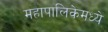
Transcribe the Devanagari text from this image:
महापालिकेमध्ये